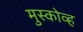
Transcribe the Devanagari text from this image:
मुस्कोव्ह